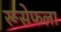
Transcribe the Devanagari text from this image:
रूसेफला